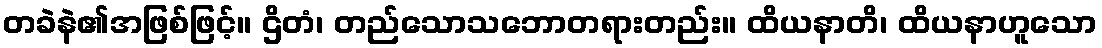
တခဲနဲ၏အဖြစ်ဖြင့်။ ဌိတံ၊ တည်သောသဘောတရားတည်း။ ထိယနာတိ၊ ထိယနာဟူသော